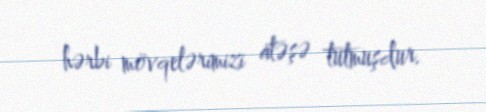
hərbi mövqelərimizi atəşə tutmuşdur.